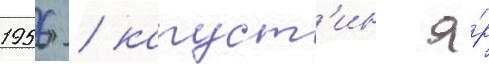
1956 / капуст'ин я́р